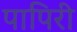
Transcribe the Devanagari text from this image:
पापिरी